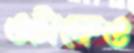
ওটাকেও